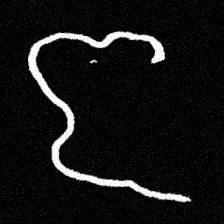
Pyu character \u2014 Myanmar letter: ဇ (romanized: ja)